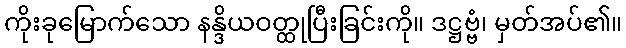
ကိုးခုမြောက်သော နန္ဒိယဝတ္ထုပြီးခြင်းကို။ ဒဋ္ဌဗ္ဗံ၊ မှတ်အပ်၏။